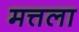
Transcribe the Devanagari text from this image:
मत्तला